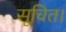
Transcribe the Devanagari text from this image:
सूचित।